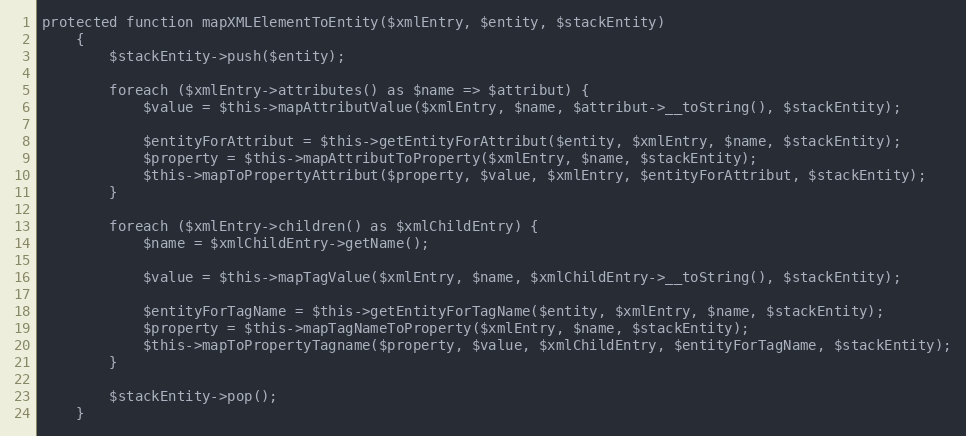
Language: PHP
protected function mapXMLElementToEntity($xmlEntry, $entity, $stackEntity)
    {
        $stackEntity->push($entity);

        foreach ($xmlEntry->attributes() as $name => $attribut) {
            $value = $this->mapAttributValue($xmlEntry, $name, $attribut->__toString(), $stackEntity);

            $entityForAttribut = $this->getEntityForAttribut($entity, $xmlEntry, $name, $stackEntity);
            $property = $this->mapAttributToProperty($xmlEntry, $name, $stackEntity);
            $this->mapToPropertyAttribut($property, $value, $xmlEntry, $entityForAttribut, $stackEntity);
        }

        foreach ($xmlEntry->children() as $xmlChildEntry) {
            $name = $xmlChildEntry->getName();

            $value = $this->mapTagValue($xmlEntry, $name, $xmlChildEntry->__toString(), $stackEntity);

            $entityForTagName = $this->getEntityForTagName($entity, $xmlEntry, $name, $stackEntity);
            $property = $this->mapTagNameToProperty($xmlEntry, $name, $stackEntity);
            $this->mapToPropertyTagname($property, $value, $xmlChildEntry, $entityForTagName, $stackEntity);
        }

        $stackEntity->pop();
    }